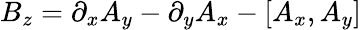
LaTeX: B_{z}=\partial_{x}A_{y}-\partial_{y}A_{x}-[A_{x},A_{y}]